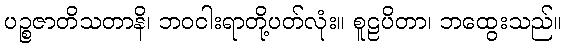
ပဉ္စဇာတိသတာနိ၊ ဘဝငါးရာတို့ပတ်လုံး။ စူဠပိတာ၊ ဘထွေးသည်။